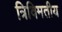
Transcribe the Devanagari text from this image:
त्रिविमतीय